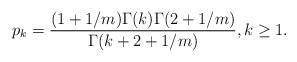
\begin{align*}p_k=\frac{(1+1/m)\Gamma(k)\Gamma(2+1/m)}{\Gamma(k + 2 + 1/m)}, k \ge 1.\end{align*}